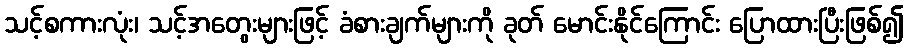
သင့်စကားလုံး၊ သင့်အတွေးများဖြင့် ခံစားချက်များကို ခုတ် မောင်းနိုင်ကြောင်း ပြောထားပြီးဖြစ်၍